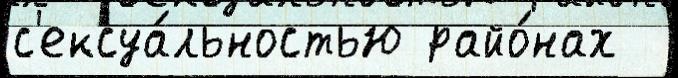
с'ексуа́льностью райо́нах